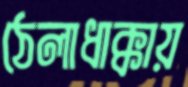
ঠেলাধাক্কায়